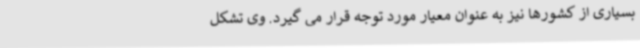
بسیاری از کشورها نیز به عنوان معیار مورد توجه قرار می گیرد. وی تشکل